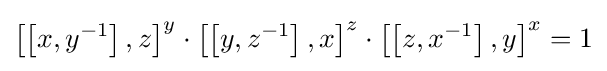
\left[\left[x,y^{-1}\right],z\right]^{y}\cdot \left[\left[y,z^{-1}\right],x\right]^{z}\cdot \left[\left[z,x^{-1}\right],y\right]^{x}=1